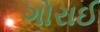
ગોરાઈ